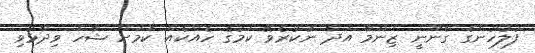
ފުލުހުންގެ ގާނޫނީ ޒިންމާ އަދާ ނުކުރެވޭ ކަމުގެ ހެއްކެއް ކަމަށް ޝާހް ވިދާޅުވި